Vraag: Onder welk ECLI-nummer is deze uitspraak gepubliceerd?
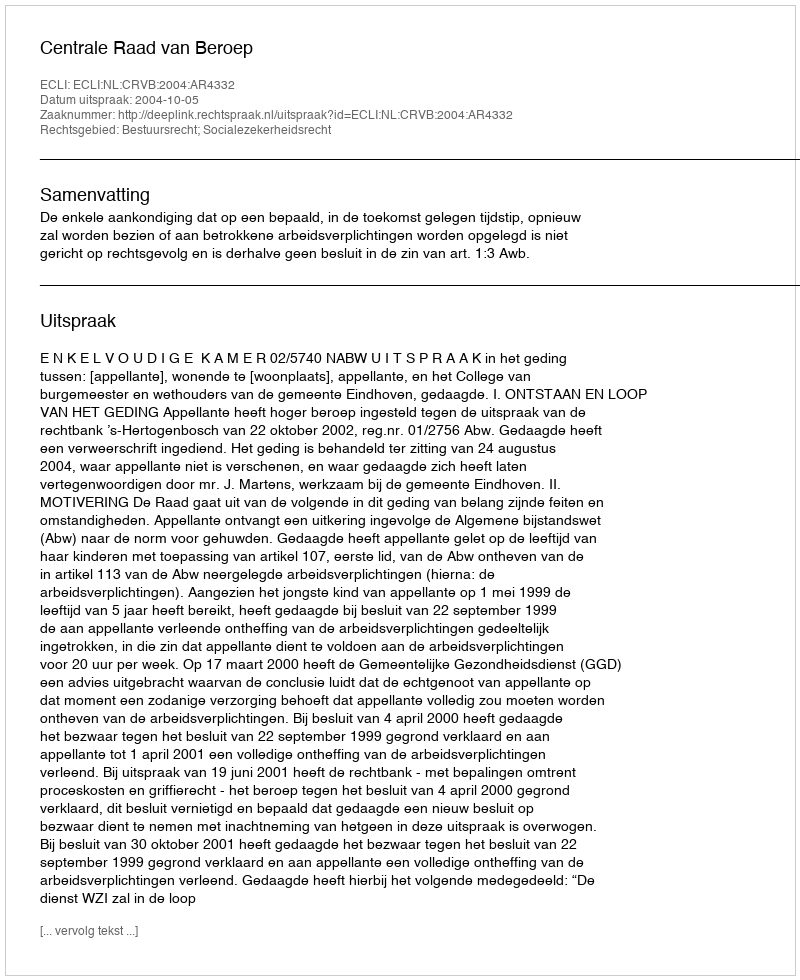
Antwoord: ECLI:NL:CRVB:2004:AR4332